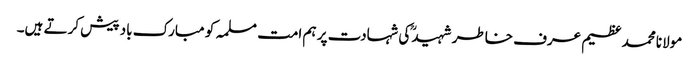
مولانا محمد عظیم عرف خاطر شہیدؒ کی شہادت پر ہم امت مسلمہ کو مبارک باد پیش کرتے ہیں۔